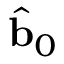
\hat { \mathbf { b } } _ { 0 }